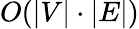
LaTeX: O(|V|\cdot|E|)